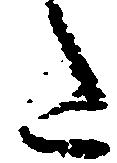
た